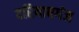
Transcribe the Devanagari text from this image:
दरियाबगंज